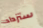
ستزداد